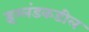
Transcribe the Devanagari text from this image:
इंग्लंडकडील